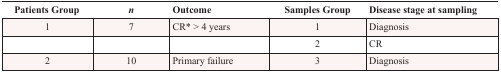
<table><thead><tr><td><b>Patients Group</b></td><td><b><i>n</i></b></td><td><b>Outcome</b></td><td><b>Samples Group</b></td><td><b>Disease stage at sampling</b></td></tr></thead><tbody><tr><td>1</td><td>7</td><td>CR* &gt; 4 years</td><td>1</td><td>Diagnosis</td></tr><tr><td></td><td></td><td></td><td>2</td><td>CR</td></tr><tr><td>2</td><td>10</td><td>Primary failure</td><td>3</td><td>Diagnosis</td></tr></tbody></table>